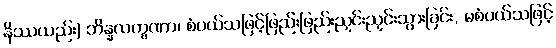
နိဿယည်း) ဘိန္နလက္ခဏာ၊ စံပယ်သဖြင့်ဖြည်းဖြည်းညှင်းညှင်းသွားခြင်း, မစံပယ်သဖြင့်